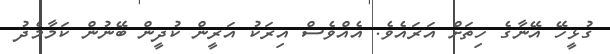
ގުޅީހޭ އޭނާގެ ހިތަށް އަރައެވެ. އެއްވެސް އިރަކު އަރީން ކުދީން ބޭނުން ކަމާމެދު